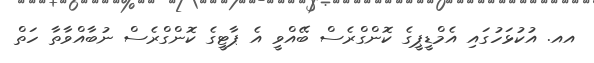
އއ. އުކުޅަހުގައި އެމްޑީޕީގެ ކޮންގްރެސް ބޭއްވީ އެ ޕާޓީގެ ކޮންގްރެސް ނުބާއްވާތާ ހަތް